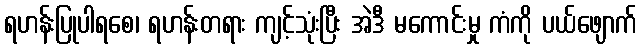
ရဟန်းပြုပါရစေ၊ ရဟန်းတရား ကျင့်သုံးပြီး အဲဒီ မကောင်းမှု ကံကို ပယ်ဖျောက်